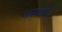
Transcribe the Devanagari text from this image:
पत्रकारो